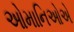
ઓમાનિઓએ